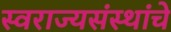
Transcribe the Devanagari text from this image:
स्वराज्यसंस्थांचे